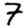
Digit: 7